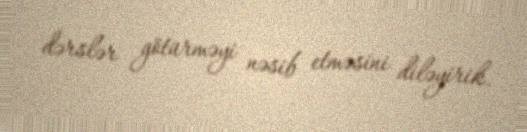
dərslər götürməyi nəsib etməsini diləyirik.